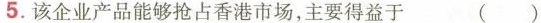
5.该企业产品能够抢占香港市场，主要得益于 ( )